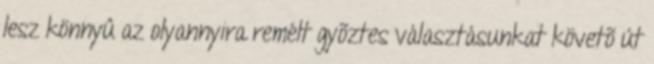
lesz könnyû az olyannyira remélt gyõztes választásunkat követõ út